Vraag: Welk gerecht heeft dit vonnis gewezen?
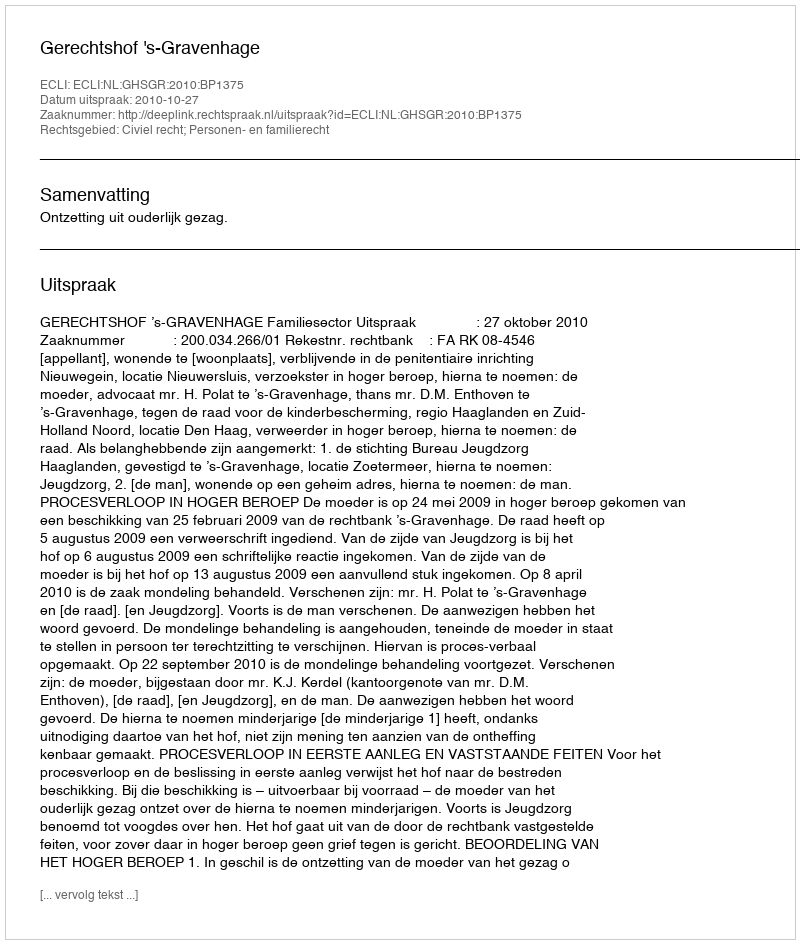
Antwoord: Gerechtshof 's-Gravenhage